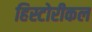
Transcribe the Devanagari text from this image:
हिस्टोरीकल